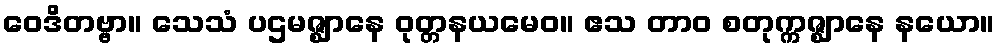
ဝေဒိတဗ္ဗာ။ သေသံ ပဌမဇ္ဈာနေ ဝုတ္တနယမေဝ။ ဧသ တာဝ စတုက္ကဇ္ဈာနေ နယော။